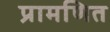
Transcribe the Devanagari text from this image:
प्रामणित